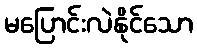
မပြောင်းလဲနိုင်သော